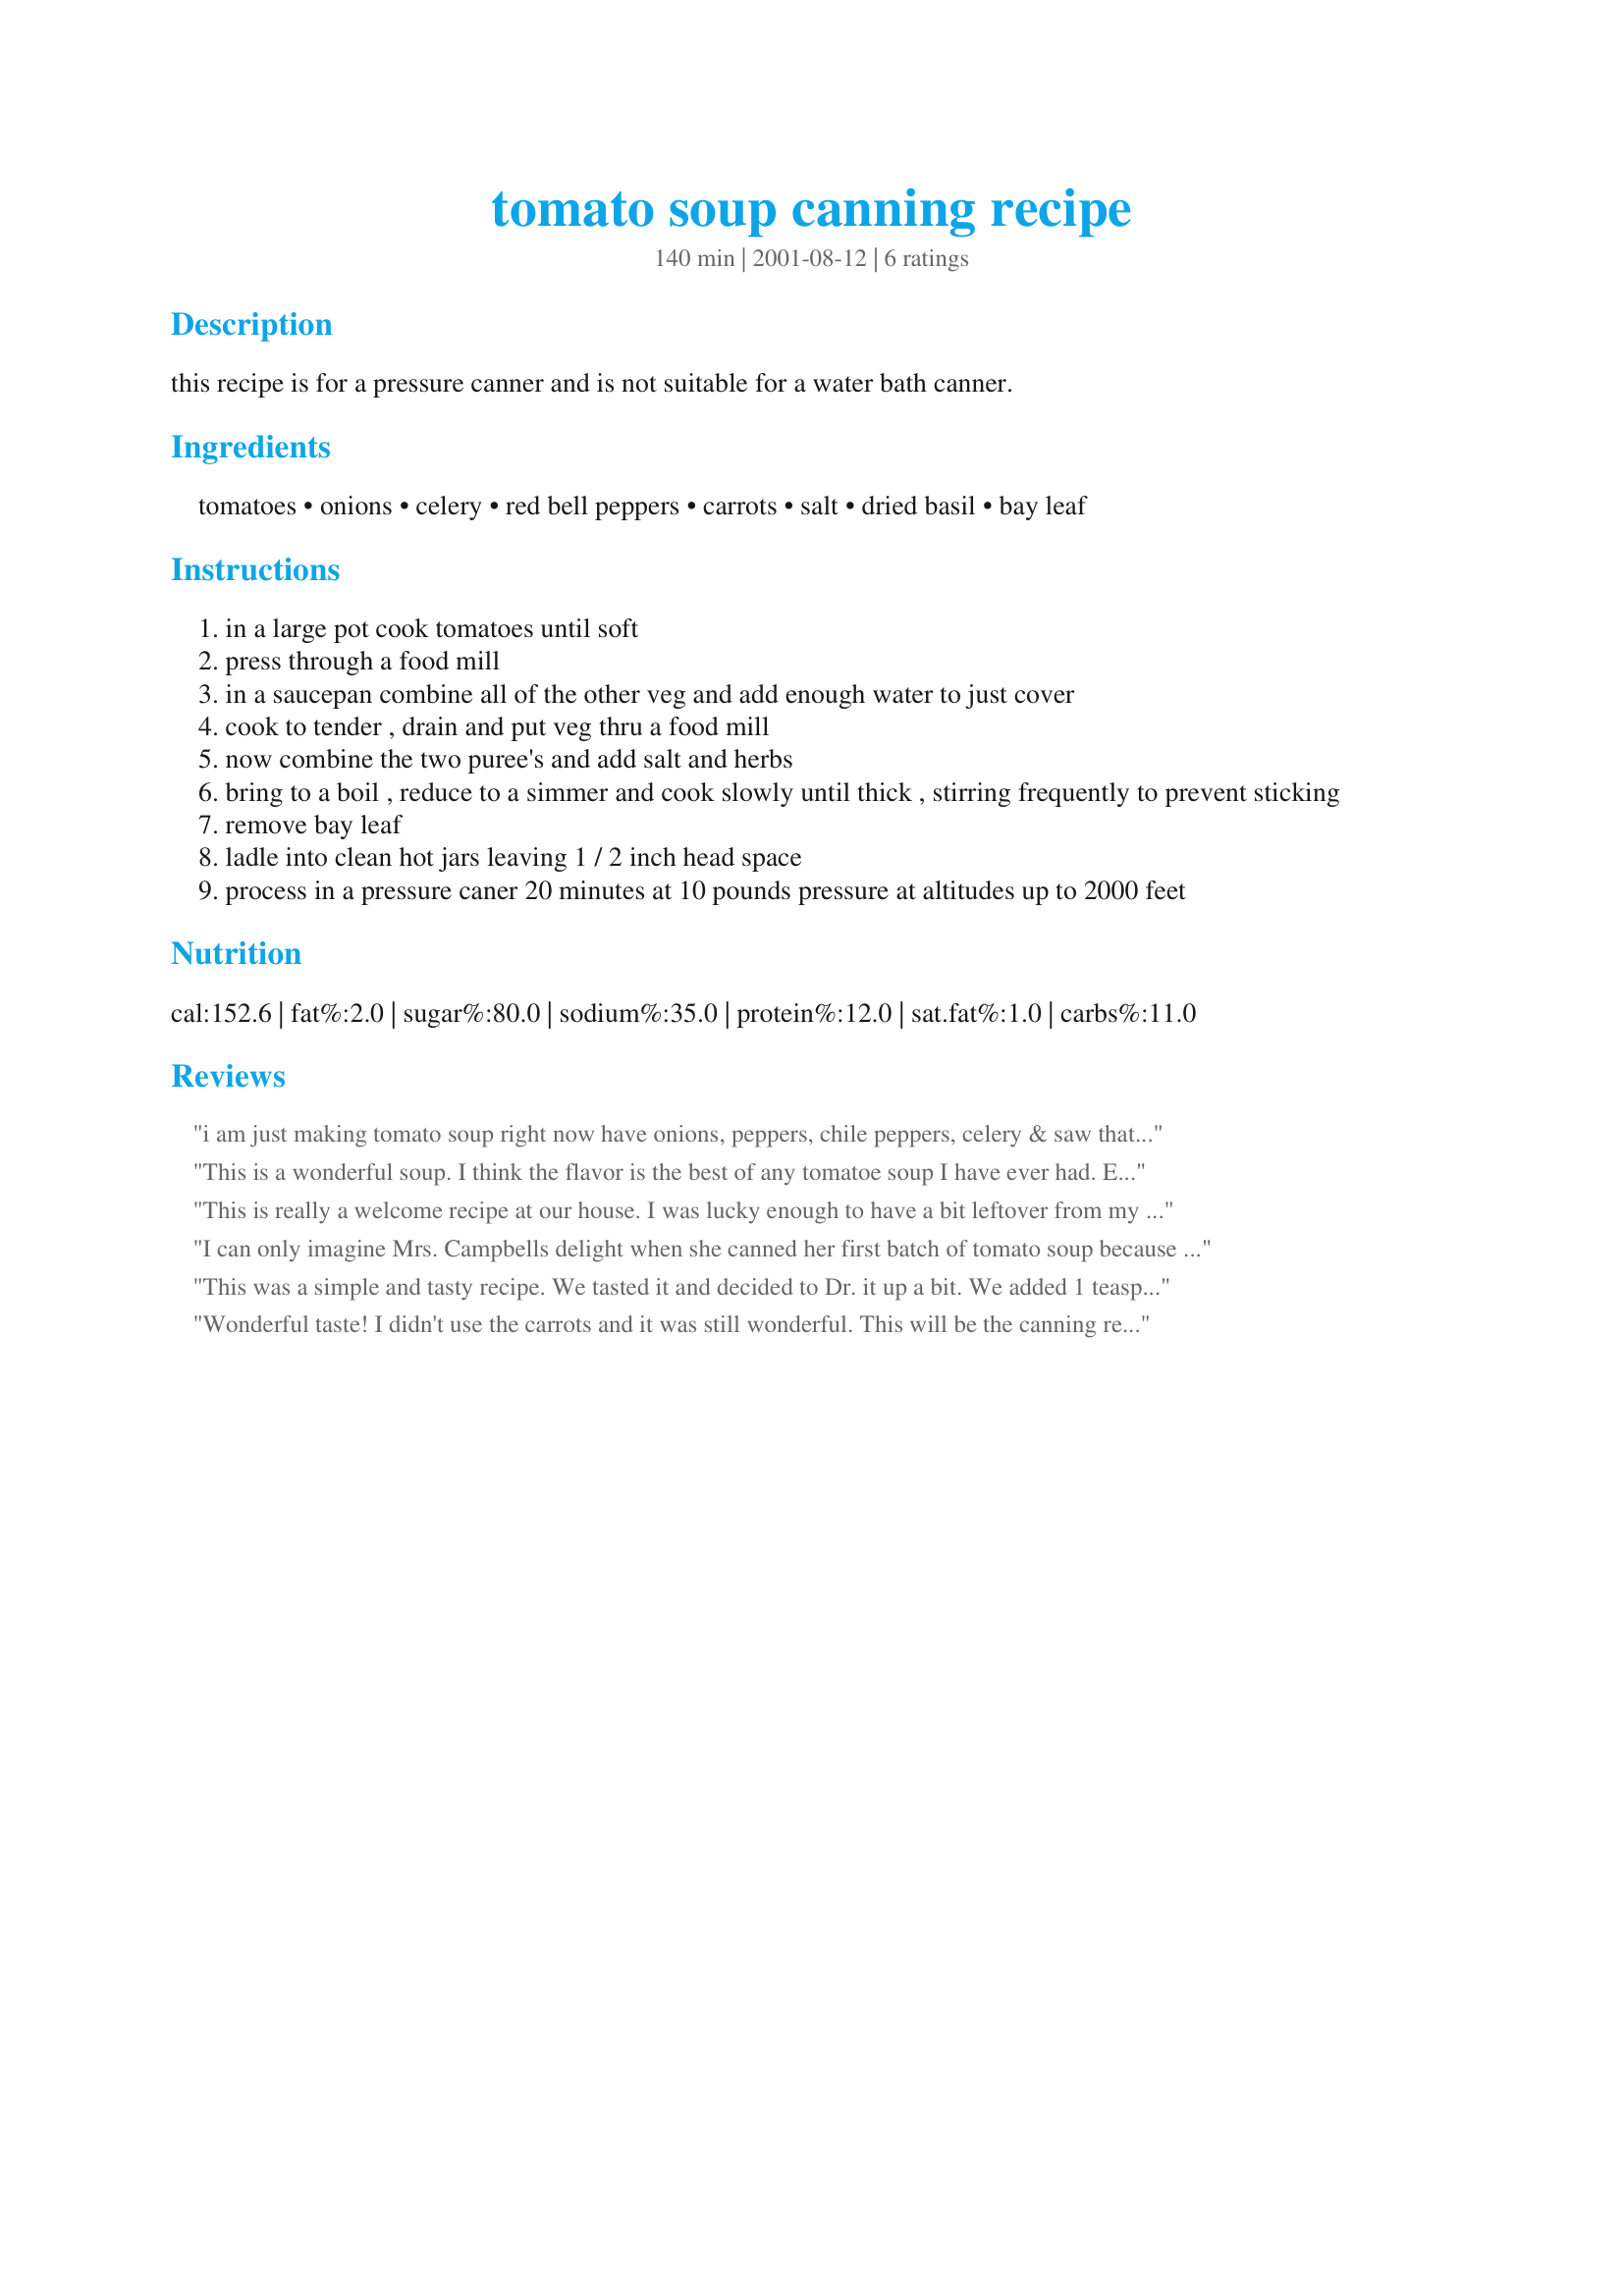
tomato soup canning recipe
Preparation time: 140 minutes

this recipe is for a pressure canner and is not suitable for a water bath canner.

Ingredients:
tomatoes, onions, celery, red bell peppers, carrots, salt, dried basil, bay leaf

Steps:
in a large pot cook tomatoes until soft
press through a food mill
in a saucepan combine all of the other veg and add enough water to just cover
cook to tender , drain and put veg thru a food mill
now combine the two puree's and add salt and herbs
bring to a boil , reduce to a simmer and cook slowly until thick , stirring frequently to prevent sticking
remove bay leaf
ladle into clean hot jars leaving 1 / 2 inch head space
process in a pressure caner 20 minutes at 10 pounds pressure at altitudes up to 2000 feet

Reviews:
i am just making tomato soup right now have onions, peppers, chile peppers, celery & saw that you have added carrots so that is better than sugar so I wen to the garden & to a few but have to wait till it boils down before I add them sounds good to me will edit this later when it is done or tomorrow......
This is a wonderful soup. I think the flavor is the best of any tomatoe soup I have ever had. Everybody who has had this thinks it puts the commercial soups to shame. I made one batch of this last year with our garden tomatoes. My husband said he could eat this everyday...no sugar, no milk, no butter:) Thank you.
This is really a welcome recipe at our house. I was lucky enough to have a bit leftover from my first batch and got to sample the goods. It led to me making 3 more batches of the soup. This recipe was very simple and more importantly the end result is healthier and a better flavor than you could ever get out of a can. Because we watch our sodium I did reduce the amount of salt in the recipe with good results. Thank you DiB's for sharing the recipe.
I can only imagine Mrs. Campbells delight when she canned her first batch of tomato soup because when I canned this, it was an incredible feeling. The flavor of this soup is unmatched. It is a healthy, wholesome comfort food that cannot be improved upon if Mrs Campbells did it herself. I recommend this recipe for canning to everyone. Thank you for a great fall/winter comfort food I can enjoy year round.
This was a simple and tasty recipe. We tasted it and decided to Dr. it up a bit. We added 1 teaspoon of garlic powder, onion powder and cayenne and a squeeze of lemon. I can&#039;t wait to pop open a jar and serve it with a grilled cheese sandwich for a quick, comfort food meal. Thanks for posting the recipe.
Wonderful taste! I didn't use the carrots and it was still wonderful. This will be the canning recipe I use from now on. Thanks.
